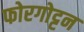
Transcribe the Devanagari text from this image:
फोरगोट्टन